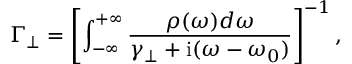
\Gamma _ { \perp } = \left[ \int _ { - \infty } ^ { + \infty } \frac { \rho ( \omega ) d \omega } { \gamma _ { \perp } + \mathrm { i } ( \omega - \omega _ { 0 } ) } \right] ^ { - 1 } ,